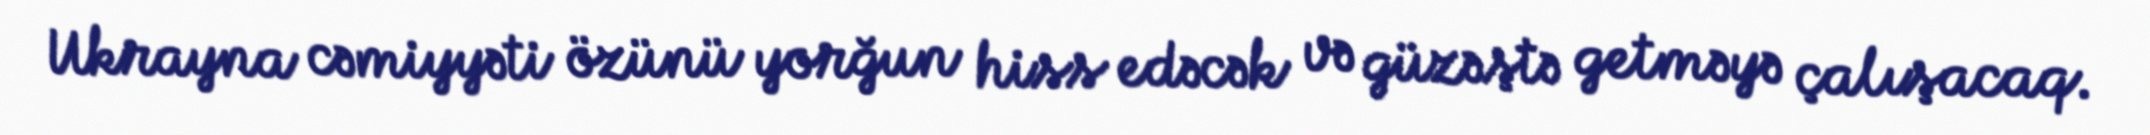
Ukrayna cəmiyyəti özünü yorğun hiss edəcək və güzəştə getməyə çalışacaq.